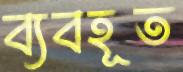
ব্যবহূত